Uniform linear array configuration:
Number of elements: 8
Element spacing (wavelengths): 0.5
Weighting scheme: hann
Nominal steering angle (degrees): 45
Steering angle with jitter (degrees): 46.085
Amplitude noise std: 0.05
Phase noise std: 0.05

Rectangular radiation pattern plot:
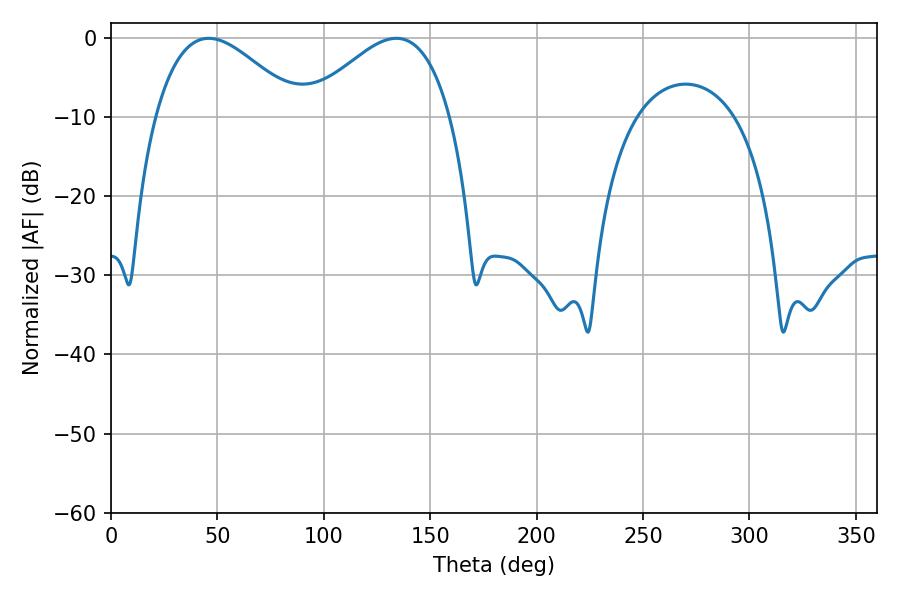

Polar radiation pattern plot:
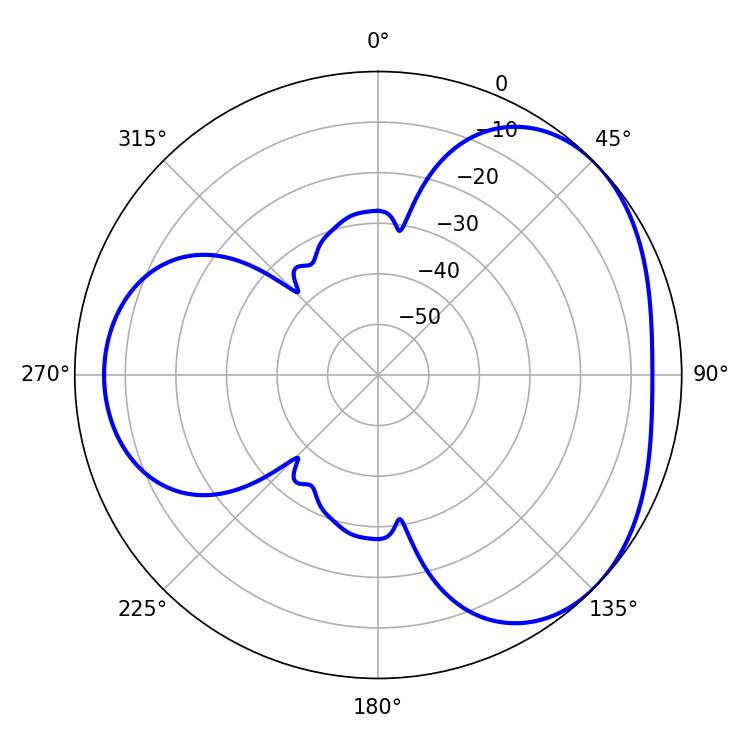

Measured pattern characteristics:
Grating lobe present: FALSE
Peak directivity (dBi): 3.535
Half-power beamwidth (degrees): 36.54
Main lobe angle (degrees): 45.9